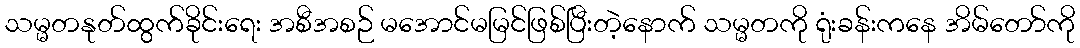
သမ္မတနုတ်ထွက်ခိုင်းရေး အစီအစဉ် မအောင်မမြင်ဖြစ်ပြီးတဲ့နောက် သမ္မတကို ရုံးခန်းကနေ အိမ်တော်ကို